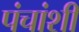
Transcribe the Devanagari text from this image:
पंचांशी